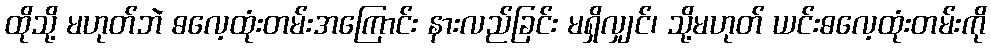
ထိုသို့ မဟုတ်ဘဲ ဓလေ့ထုံးတမ်းအကြောင်း နားလည်ခြင်း မရှိလျှင်၊ သို့မဟုတ် ယင်းဓလေ့ထုံးတမ်းကို